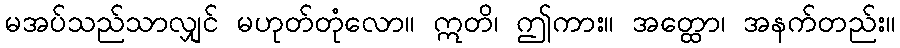
မအပ်သည်သာလျှင် မဟုတ်တုံလော။ ဣတိ၊ ဤကား။ အတ္ထော၊ အနက်တည်း။